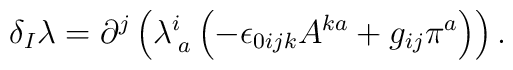
\delta _{I}\lambda =\partial ^{j}\left( \lambda _{\;a}^{i}\left( -\epsilon_{0ijk}A^{ka}+g_{ij}\pi ^{a}\right) \right) .